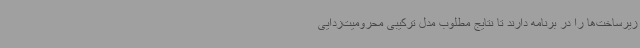
زیرساخت‌ها را در برنامه دارند تا نتایج مطلوب مدل ترکیبی محرومیت‌زدایی